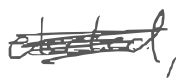
Text: elected,
Cross-out: scratch
Writing tool: digital_gray